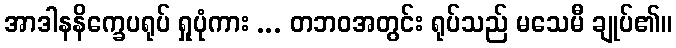
အာဒါနနိက္ခေပရုပ် ရှုပုံကား ... တဘဝအတွင်း ရုပ်သည် မသေမီ ချုပ်၏။